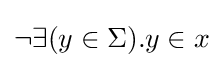
\neg \exists (y\in \Sigma ).y\in x